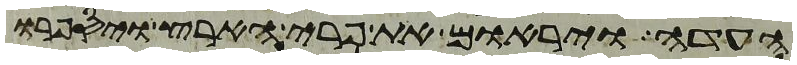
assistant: העדה ויראום את פרי הארץ ויספרו